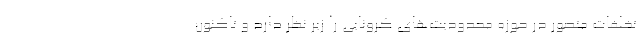
تخلفات متصور در حوزه محدودیت‌های کرونایی را زیر نظر دارد و تاکنون